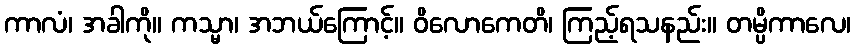
ကာလံ၊ အခါကို။ ကသ္မာ၊ အဘယ်ကြောင့်။ ဝိလောကေတိ၊ ကြည့်ရသနည်း။ တမ္ပိကာလေ၊